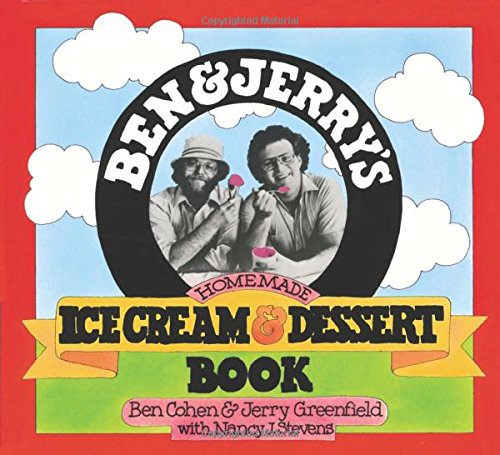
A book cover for Ben & Jerry's Homemade Ice Cream & Dessert Book; Ben Cohen; Cookbooks, Food & Wine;